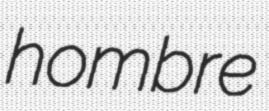
hombre